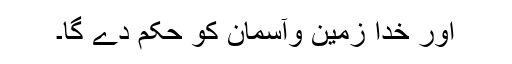
اور خدا زمین وآسمان کو حکم دے گا۔